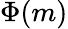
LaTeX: \Phi(m)